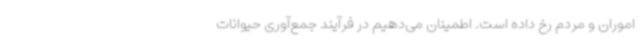
اموران و مردم رخ داده است. اطمینان می‌دهیم در فرآیند جمع‌آوری حیوانات